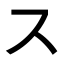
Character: ス